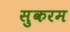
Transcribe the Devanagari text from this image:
सुकरम